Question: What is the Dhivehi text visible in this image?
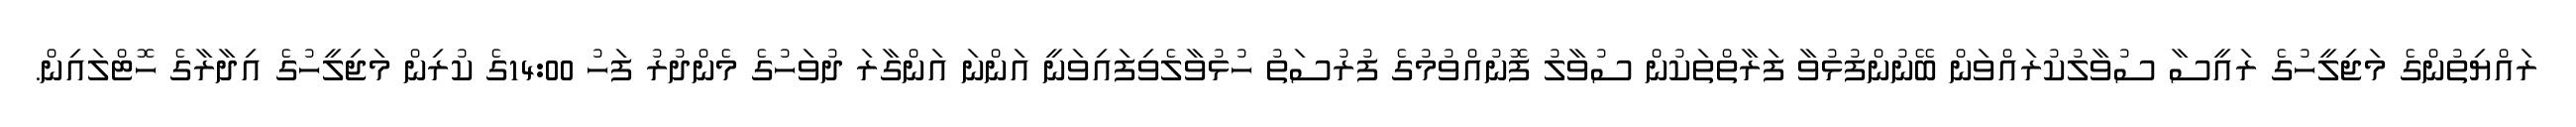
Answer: ރައްޔިތުންގެ މަޖިލީހުގެ ރައީސާ ސުވާލުކުރައްވަން ބޭނުންފުޅުވާ ފަރާތްތަކުން ސުވާލު ފޮނުއްވުމުގެ ފުރުސަތު ހުޅުވާލެވިފައިވަނީ އަންނަ އަންގާރަ ދުވަހުގެ މެންދުރު ފަހު 14:00ގެ ކުރިން މަޖިލީހުގެ އިދާރާގެ ހޮޓްލައިން.